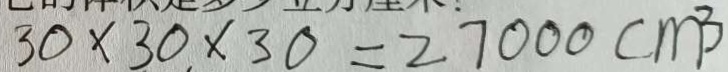
3 0 \times 3 0 \times 3 0 = 2 7 0 0 0 c m ^ { 3 }